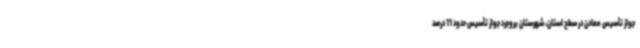
جواز تأسیس معادن در سطح استان، شهرستان بروجرد جواز تأسیس حدود 11 درصد